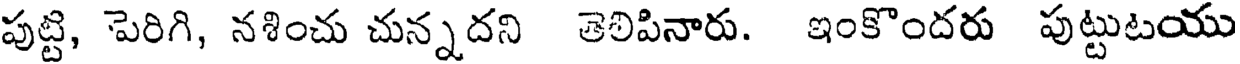
పుట్టి, పెరిగి, నశించు చున్నదని తెలిపినారు. ఇంకొందరు పుట్టుటయు